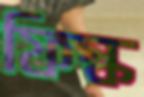
ফিস্ক